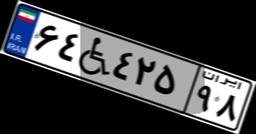
۶۴W۴۲۵۹۸